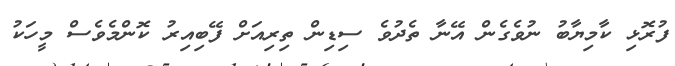
ފުރޮޅި ކާމިޔާބު ނުވެގެން އޭނާ ތެދުވެ ސިޑިން ތިރިއަށް ފޭބިއިރު ކޮންމެވެސް މީހަކު